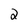
Character: 2